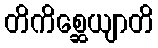
တိကိစ္ဆေယျာတိ